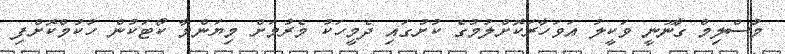
މުސްލިމް ގާނޫނީ ވަކީލު އަވަހާރަކޮށްލުމުގެ ކުށުގައި ދެމީހަކު މެރުމަށް މިޔަންމާ ކޯޓަކުން ހުކުމްކޮށްފި